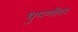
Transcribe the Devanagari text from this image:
धुपणीवर